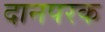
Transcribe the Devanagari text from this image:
दानपरक